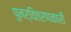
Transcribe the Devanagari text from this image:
पुनर्वितरणकारी